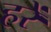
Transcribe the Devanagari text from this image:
हरें